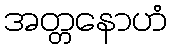
အတ္တနောဟံ